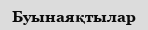
Буынаяқтылар